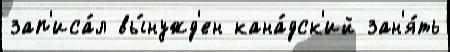
зап'иса́л вы́нужд'ен кана́дск'ий зан'я́ть